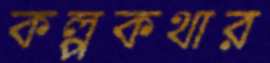
কল্পকথার